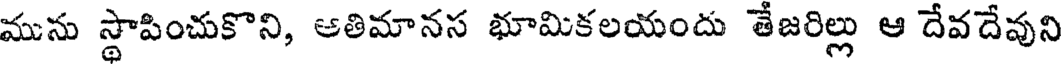
మును స్థాపించుకొని, ఆతిమానస భూమికలయందు తేజరిల్లు ఆ దేవదేవుని